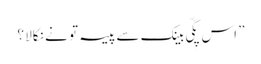
” اس پِگّی بینک سے پیسہ تو نے نکالا ؟